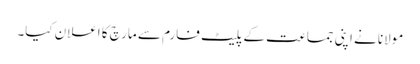
مولانا نے اپنی جماعت کے پلیٹ فارم سے مارچ کا اعلان کیا۔